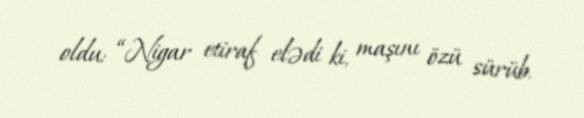
oldu: “Nigar etiraf elədi ki, maşını özü sürüb.